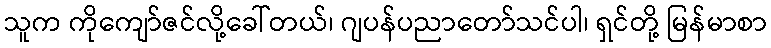
သူက ကိုကျော်ဇင်လို့ခေါ်တယ်၊ ဂျပန်ပညာတော်သင်ပါ၊ ရှင်တို့ မြန်မာစာ